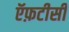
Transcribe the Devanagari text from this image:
ऍफ़टीसी